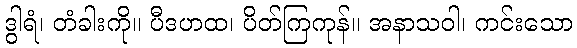
ဒွါရံ၊ တံခါးကို။ ပီဒဟထ၊ ပိတ်ကြကုန်။ အနာသဝါ၊ ကင်းသော